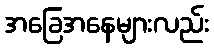
အခြေအနေများလည်း